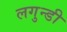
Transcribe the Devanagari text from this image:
लगुन्डी